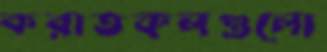
করাতকলগুলো